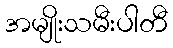
အမျိုးသမီးပါတီ